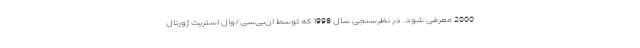
2000 معرفی شود. در نظرسنجی سال 1998 که توسط ان‌بی‌سی/وال استریت ژورنال